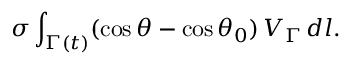
\sigma \int _ { \Gamma ( t ) } ( \cos \theta - \cos \theta _ { 0 } ) \, V _ { \Gamma } \, d l .